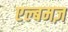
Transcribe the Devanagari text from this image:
एल्बमज़